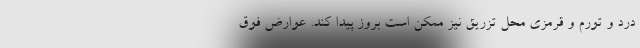
درد و تورم و قرمزی محل تزریق نیز ممکن است بروز پیدا کند. عوارض فوق